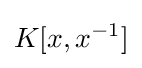
K[x,x^{-1}]